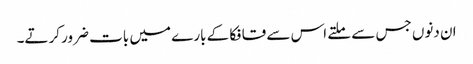
ان دنوں جس سے ملتے اس سے قافکا کے بارے میں بات ضرور کرتے۔